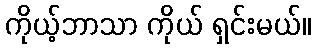
ကိုယ့်ဘာသာ ကိုယ် ရှင်းမယ်။